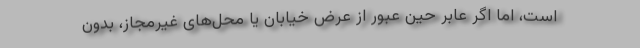
است، اما اگر عابر حین عبور از عرض خیابان یا محل‌های غیرمجاز، بدون